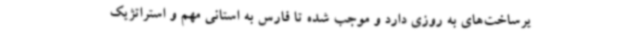
یرساخت‌های به روزی دارد و موجب شده تا فارس به استانی مهم و استراتژیک